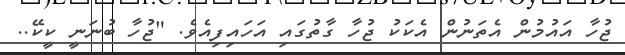
ޖުހާ އައުމުން އެތަނުން އެކަކު ޖުހާ ގާތުގައި އަހައިފިއެވެ. "ޖުހާ ބުނަނީ ކީކޭ..